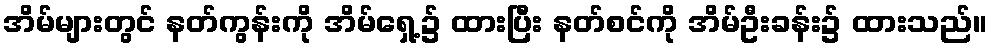
အိမ်များတွင် နတ်ကွန်းကို အိမ်ရှေ့၌ ထားပြီး နတ်စင်ကို အိမ်ဦးခန်း၌ ထားသည်။